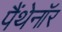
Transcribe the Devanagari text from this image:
पैंथेनॉर